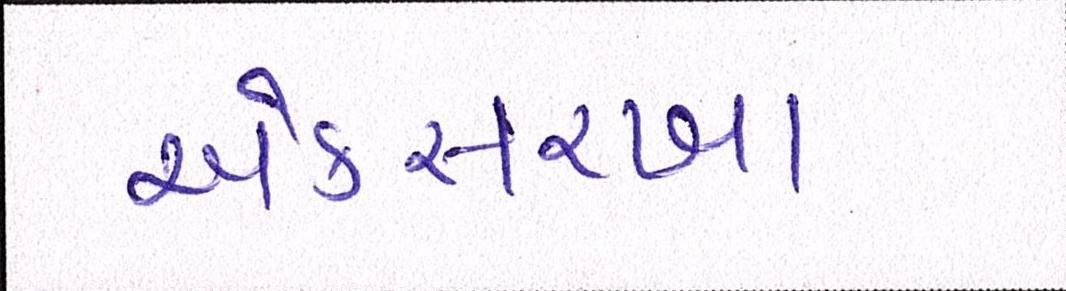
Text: એકસરખા